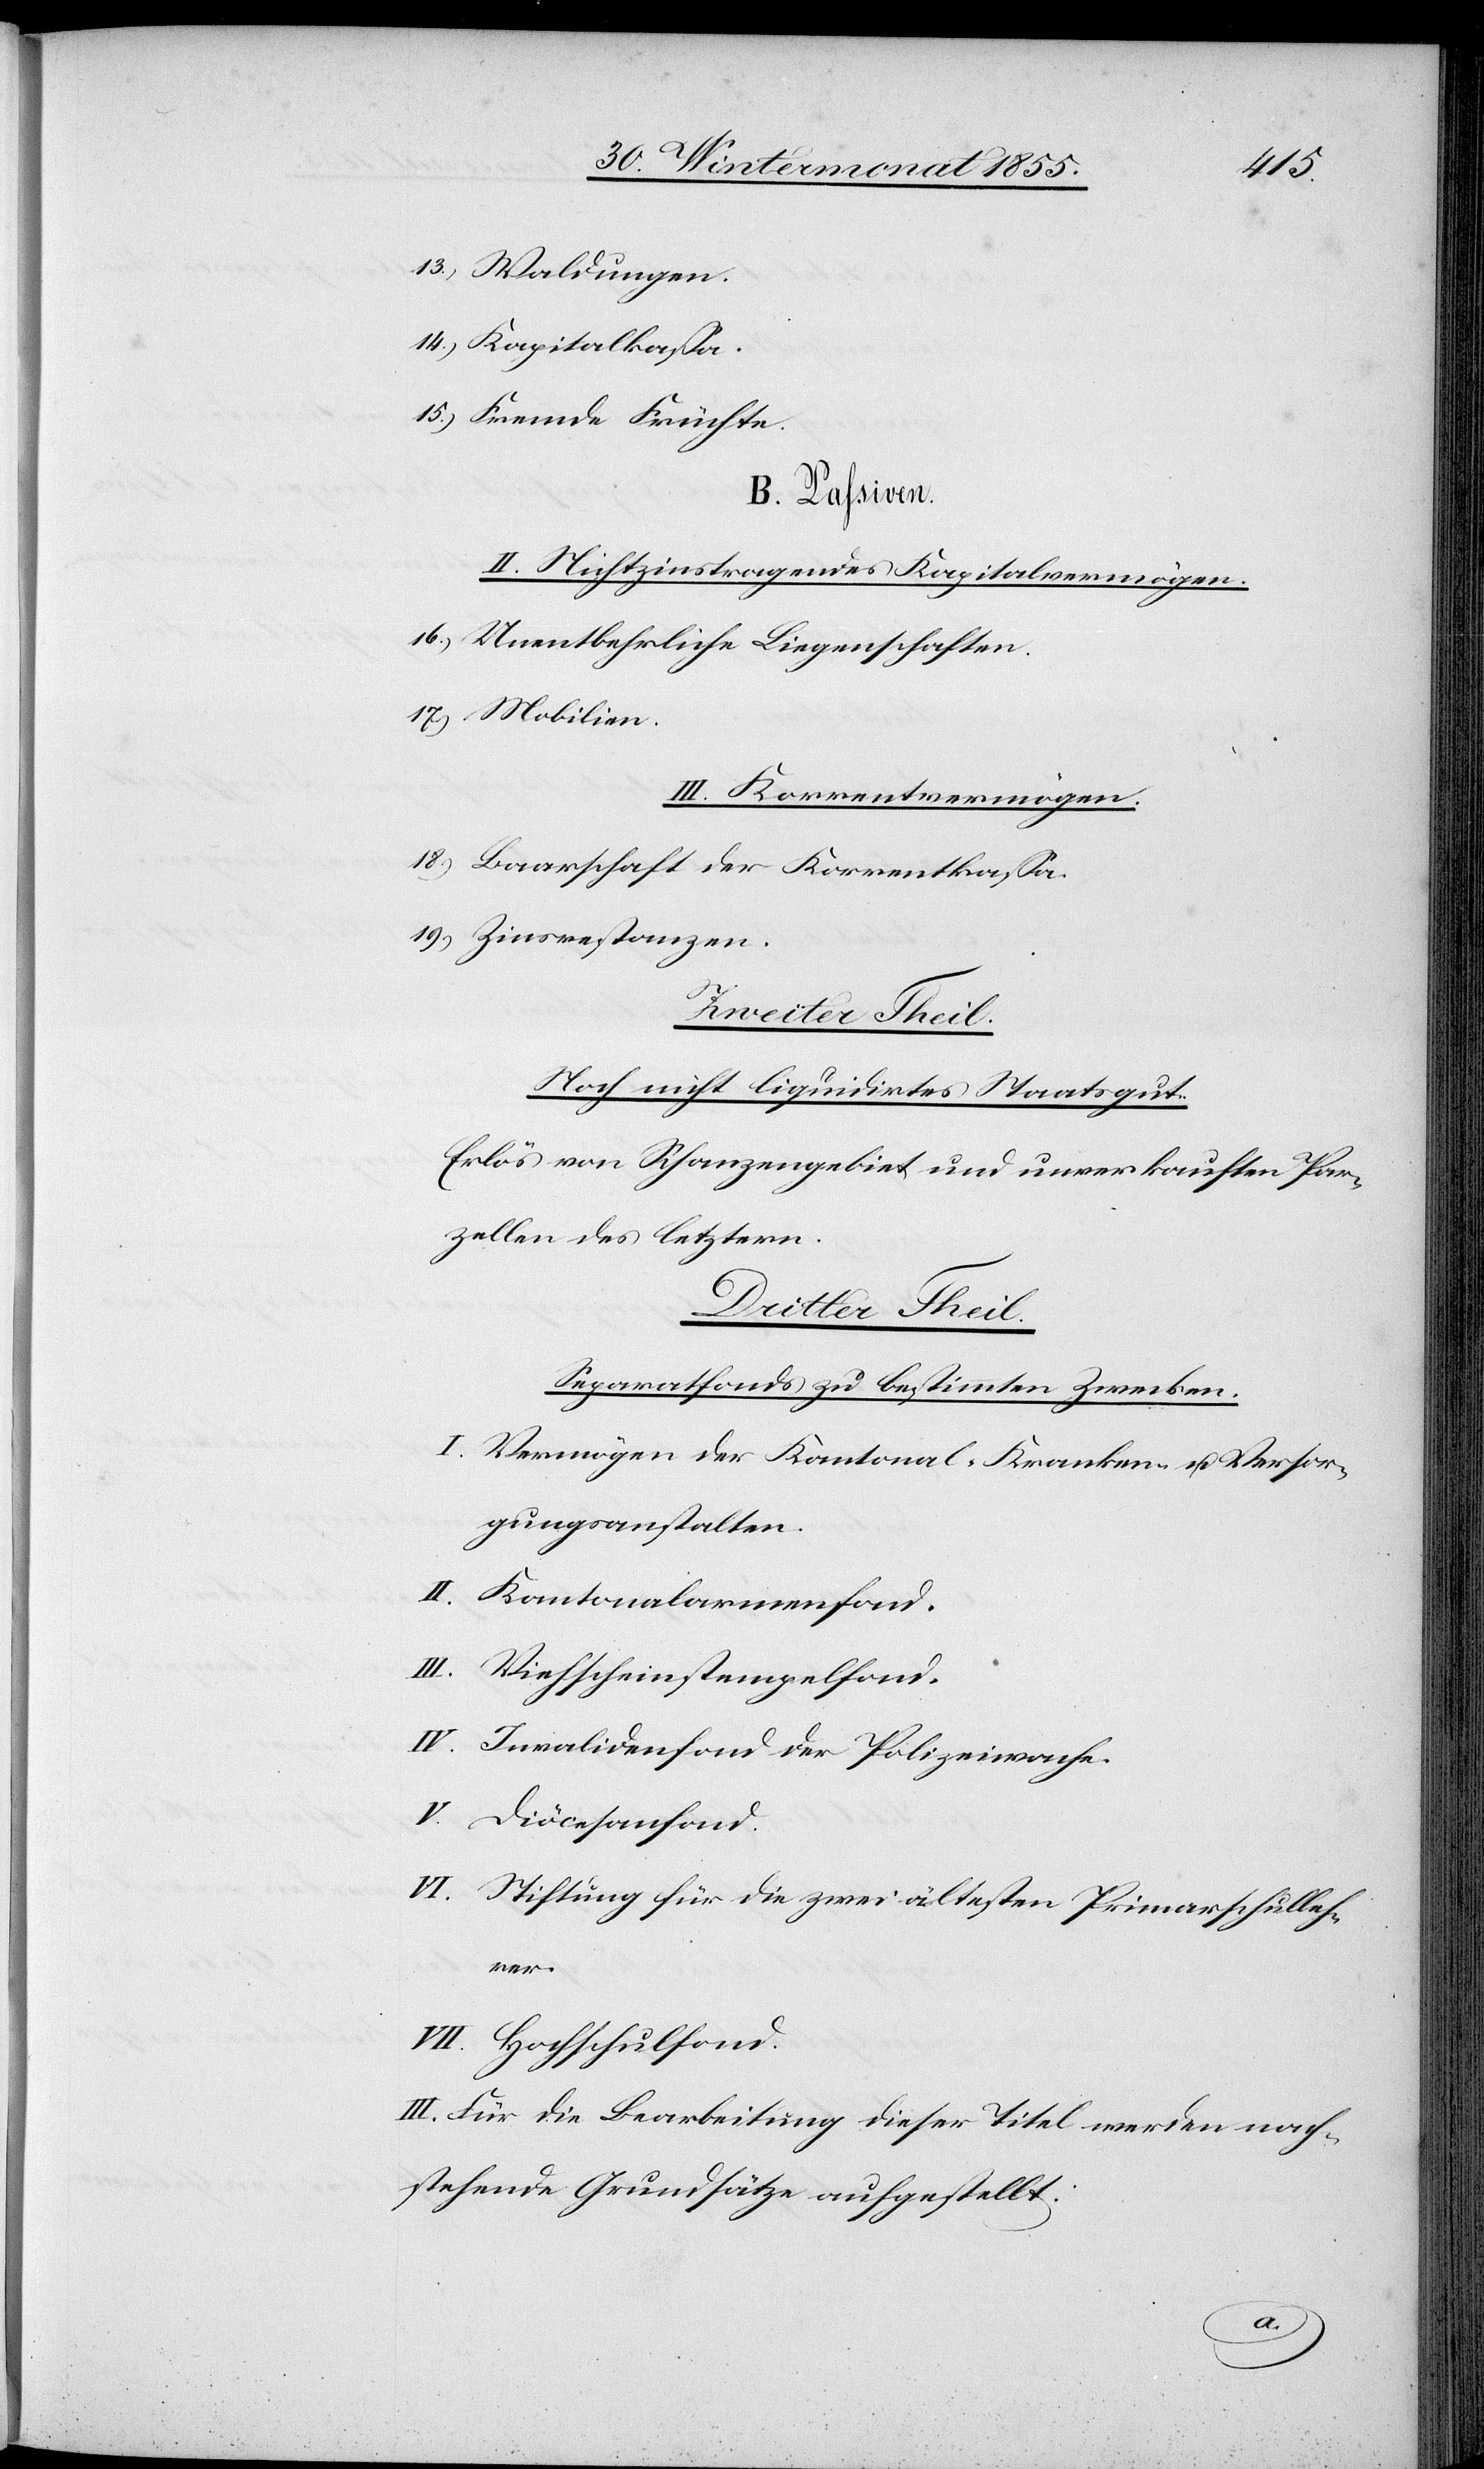
13.) Waldungen.
14.) Kapitalkassa.
15.) Fremde Früchte.
B. Passiven.
II. Nichtzinstragendes Kapitalvermögen.
16.) Unentbehrliche Liegenschaften.
17.) Mobilien.
III. Korrentvermögen.
18.) Baarschaft der Korrentkassa.
19.) Zinsrestanzen.
Dritter Theil.
Noch nicht liquidirtes Staatsgut.
Erlös von Schanzengebiet und unverkauften Par¬
zellen des letztern.
Separatfonds zu bestimmten Zwecken.
I. Vermögen der Kantonal-Kranken- u. Versor¬
gungsanstalten.
II. Kantonalarmenfond.
III. Viehscheinstempelfond.
IV. Invalidenfond der Polizeiwache.
V. Diöcesanfond.
VI. Stiftung für die zwei ältesten Primarschulleh¬
rer.
VII. Hochschulfond.
III. Für die Bearbeitung dieser Titel werden nach¬
stehende Grundsätze aufgestellt: